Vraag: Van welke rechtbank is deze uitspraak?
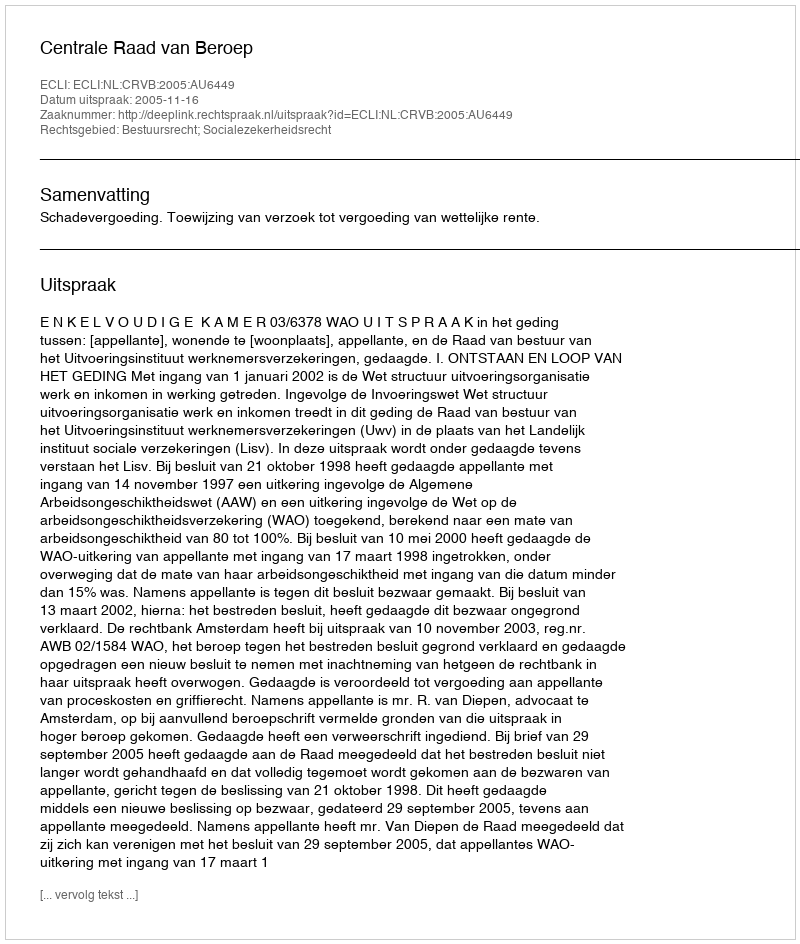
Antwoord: Centrale Raad van Beroep